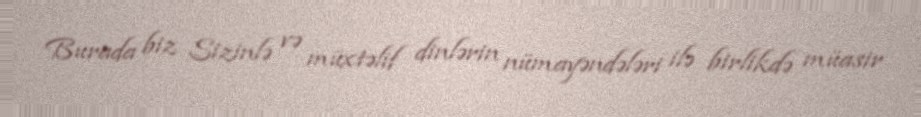
Burada biz Sizinlə və müxtəlif dinlərin nümayəndələri ilə birlikdə müasir